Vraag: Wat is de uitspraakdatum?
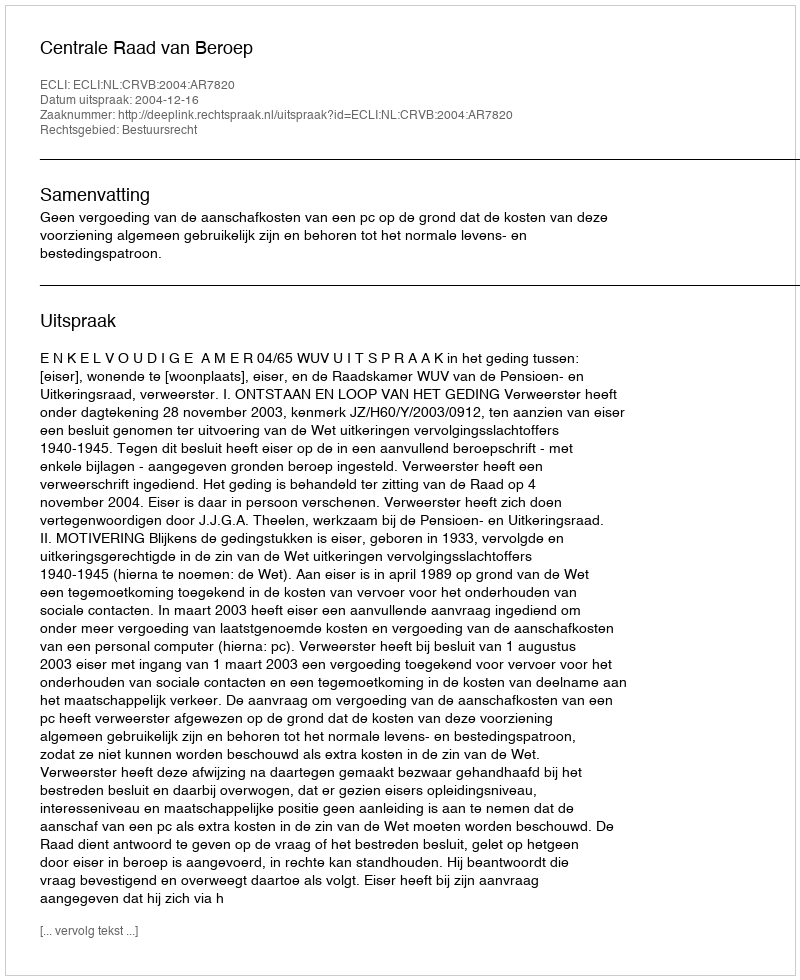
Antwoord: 2004-12-16